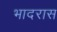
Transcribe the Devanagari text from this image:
भादरास